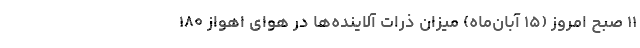
۱۱ صبح امروز (۱۵ آبان‌ماه) میزان ذرات آلاینده‌ها در هوای اهواز ۱۸۰